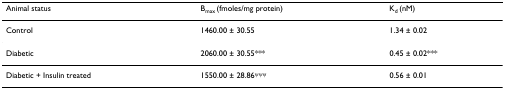
| Animal status | Bmax (fmoles/mg protein) | Kd (nM) |
 | --- | --- | --- |
 | Control | 1460.00 ± 30.55 | 1.34 ± 0.02 |
 | Diabetic | 2060.00 ± 30.55*** | 0.45 ± 0.02*** |
 | Diabetic + Insulin treated | 1550.00 ± 28.86ψψψ | 0.56 ± 0.01 |